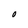
Character: O